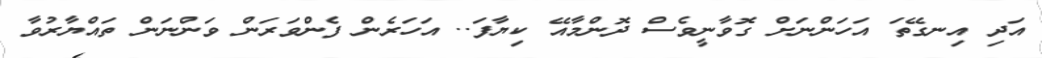
އަދި އިނގޭތަ އަހަންނަށް ގޮވާނީވެސް ދޮންމާއޭ ކިޔާފަ.. އަހަރެން ފެންވަރަން ވަންނަން ތައްޔާރުވާ